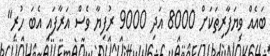
ބައެއް ވިޔަފާރިތަކަށް 8000 އަދި 9000 ރުފިޔާ ވެސް އަރާފައި އެބަ ހުރި"